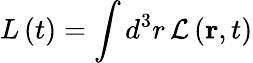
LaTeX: L\left(t\right)=\int d^{3}r\, \mathcal{L}\left(\mathbf{r},t\right)